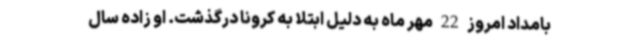
بامداد امروز 22 مهر ماه به دلیل ابتلا به کرونا درگذشت. او زاده سال